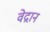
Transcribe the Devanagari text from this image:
वेद्रान